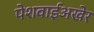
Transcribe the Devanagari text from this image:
पेशवाईअखेर